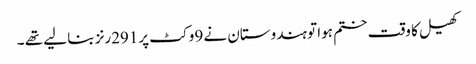
کھیل کا وقت ختم ہوا تو ہندوستان نے 9وکٹ پر291رنز بنا لیے تھے ۔